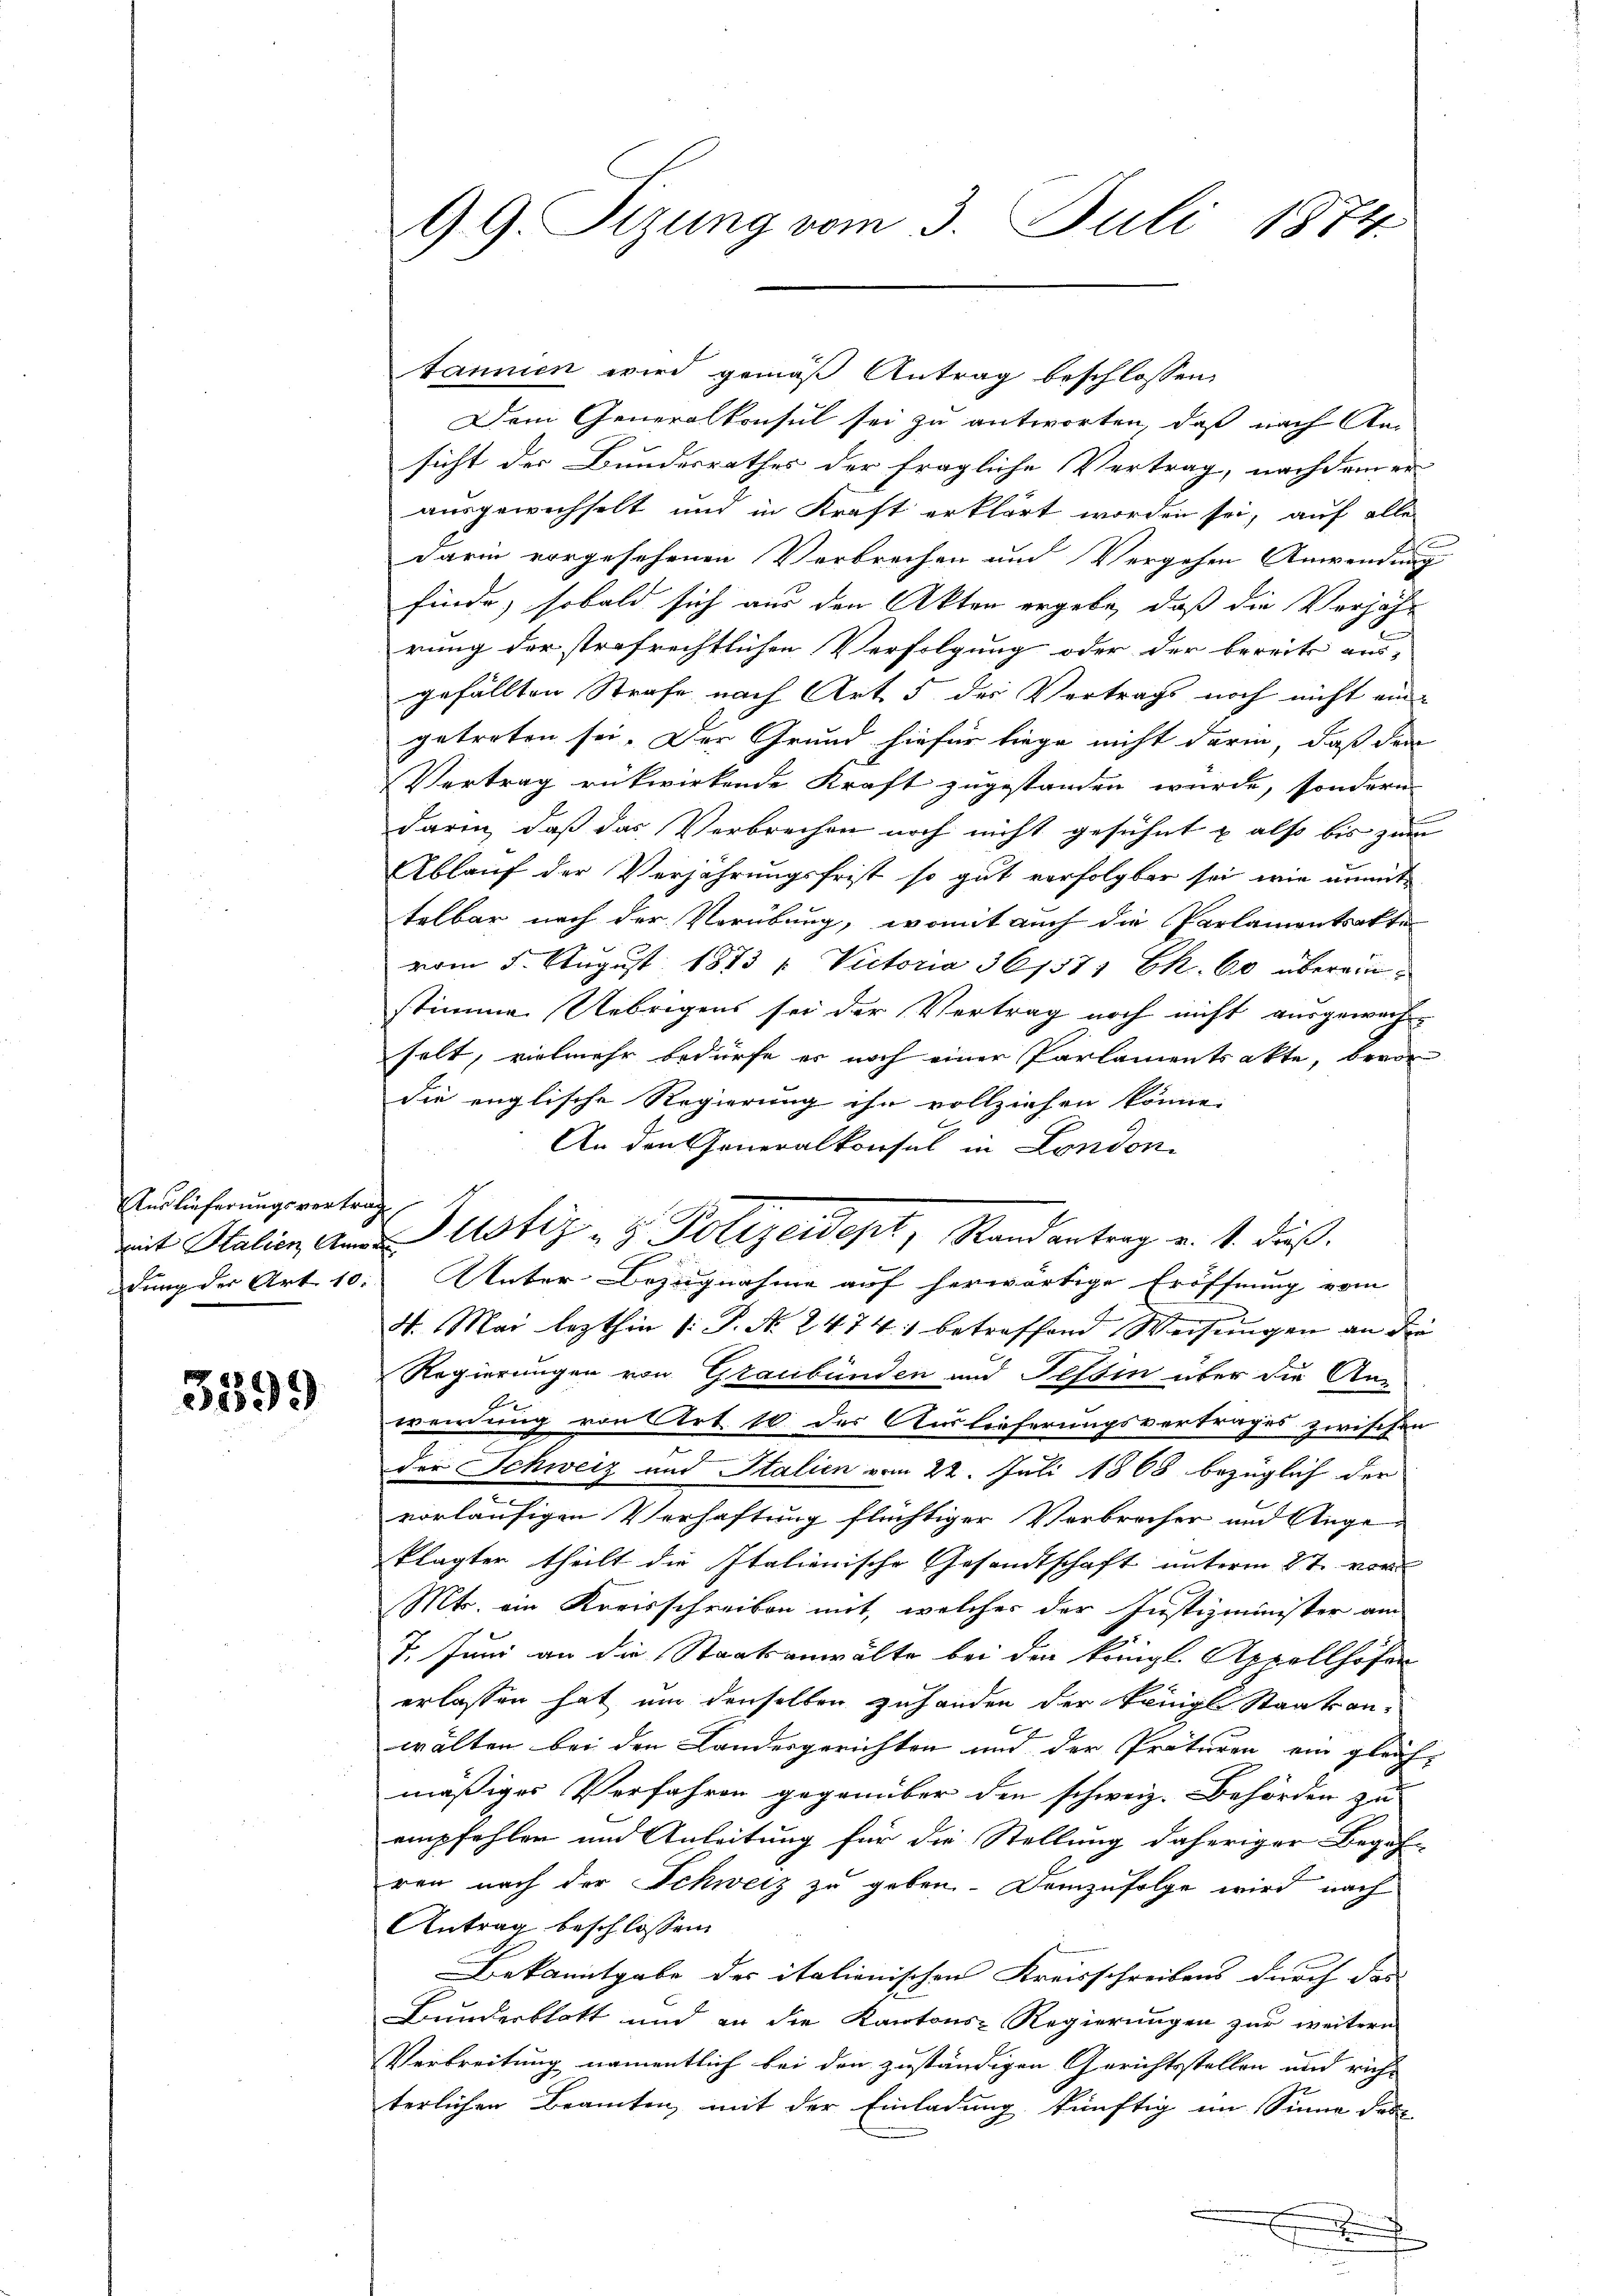
Auslieferungsvertrag
mit Stalien Ann

3399

Dem Generalkonsul sei zu antworten, daß nach An-
sicht der Bundesrathes der fragliche Vertrag, nachdem er
ausgewichselt und in Kraft erklärt worden sei, auf alle
darin vorgesehenen Verbrechen und Vergehen Anwendung
finde; sobald sich aus den Akten ergebe, daß die Verjähr
rung der strafrechtlichen Verfolgung oder der bereits aus-
gefällten Strafe nach Art. 5 der Vertrags noch nicht ein
getreten sei. Der Grund hiefür liege nicht darin, daß den
Vertrag rükwirkende Kraft zugestanden wurde, sondern
darin, daß das Verbrechen noch nicht gesühnt u also bis zum
Ablauf der Verjährungsfrist so gut verfolgbar sei, wie unmit
telbar nach der Verübung, womit auch die Parlamentrakte
vom 5. August 1873 u. Victoria 36,571 Ek. 60 übereinstimme Uebrigens sei der Vertrag noch nicht ausgewachen
selt, vielmehr bedürfe er noch einer Parlamentsakte, bevor
die englische Regierung ihn vollziehen könne.
An den Generalkonsul in London-
dung der Art. 10. Unter Bezugnahme auf herwärtige Eröffnung vom
4. Mai lezthin /: P. Nr. 24741 betreffend Weisŭngen an die
Regierungen von Graubünden und Tessin über die An-
wendung von Art. 10 der Auslieferungsvertrages zwischen
der Schweiz und Italien vom 22. Juli 1868 bezüglich der
vorläufigen Verhaftung flüchtiger Verbrecher und Unge-
klagter theilt die Italienische Gesandtschaft unterm 2t vor
Mt. ein Kreisschreiben mit, welches der Justizminister am
7. Juni an die Staatsanwälte bei den königl. Appellhöfen
erlassen hat um denselben zuhanden der Pringl Staatsan-
wälten bei den Landesgerichten und der Präturen ein gleich-
mäßiges Verfahren gegenüber den schweiz. Behörden zu
empfehler und Anleitung für die Stellung daheriger Begehr
ren nach der Schweiz zu geben. Demzufolge wird nach
Antrag beschlossen:
Bekanntgabe der italienischen Kreisschreibens durch das
Bunderblatt und an die Kantons-Regierungen zur weitern
Verbreitung namentlich bei den zuständigen Gerichtsstellen und richt
terlichen Beamten mit der Einladung künftig im Sinne das
.

99. Sizung vom 3. Juli 1874.

s

Justiz- & Polizeidept, Stand antrag v. 4. dieß

tannien wird gemäß Antrag beschlossen,